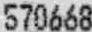
570668